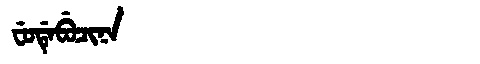
Manchu: ᠸᡠᡩᡝᠪᡠᠴᡳᠨᠠ
Romanization: FUDEBUCINA